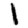
Digit: 1